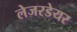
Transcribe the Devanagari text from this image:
लेजरडेयर